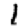
Digit: 1